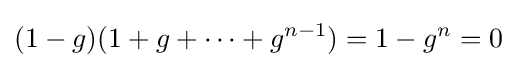
(1-g)(1+g+\cdots +g^{n-1})=1-g^{n}=0